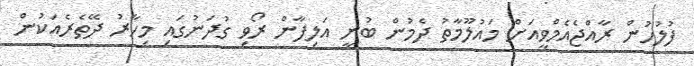
ފުލުހުން ރާއްޖެއެމްވީއަށް މައުލޫމާތު ދެމުން ބުނީ އަލިފާން ރޯވި ގުދަނުގައި މިހާރު ދޭތެރެއަކުން